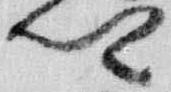
卿